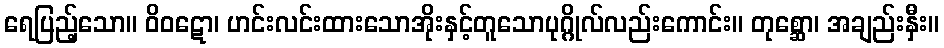
ရေပြည့်သော။ ဝိဝဋော၊ ဟင်းလင်းထားသောအိုးနှင့်တူသောပုဂ္ဂိုလ်လည်းကောင်း။ တုစ္ဆော၊ အချည်းနှီး။